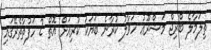
ތިލަމާލެ ބްރިޖް މަޝްރޫޢު ހަވާލު ކުރާނެ ބަޔަކު ކުރިއަށް އޮތް 2 ހަފުތާތެރޭގައި